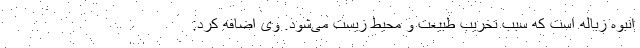
انبوه زباله است که سبب تخریب طبیعت و محیط زیست می‌شود. وی اضافه کرد: